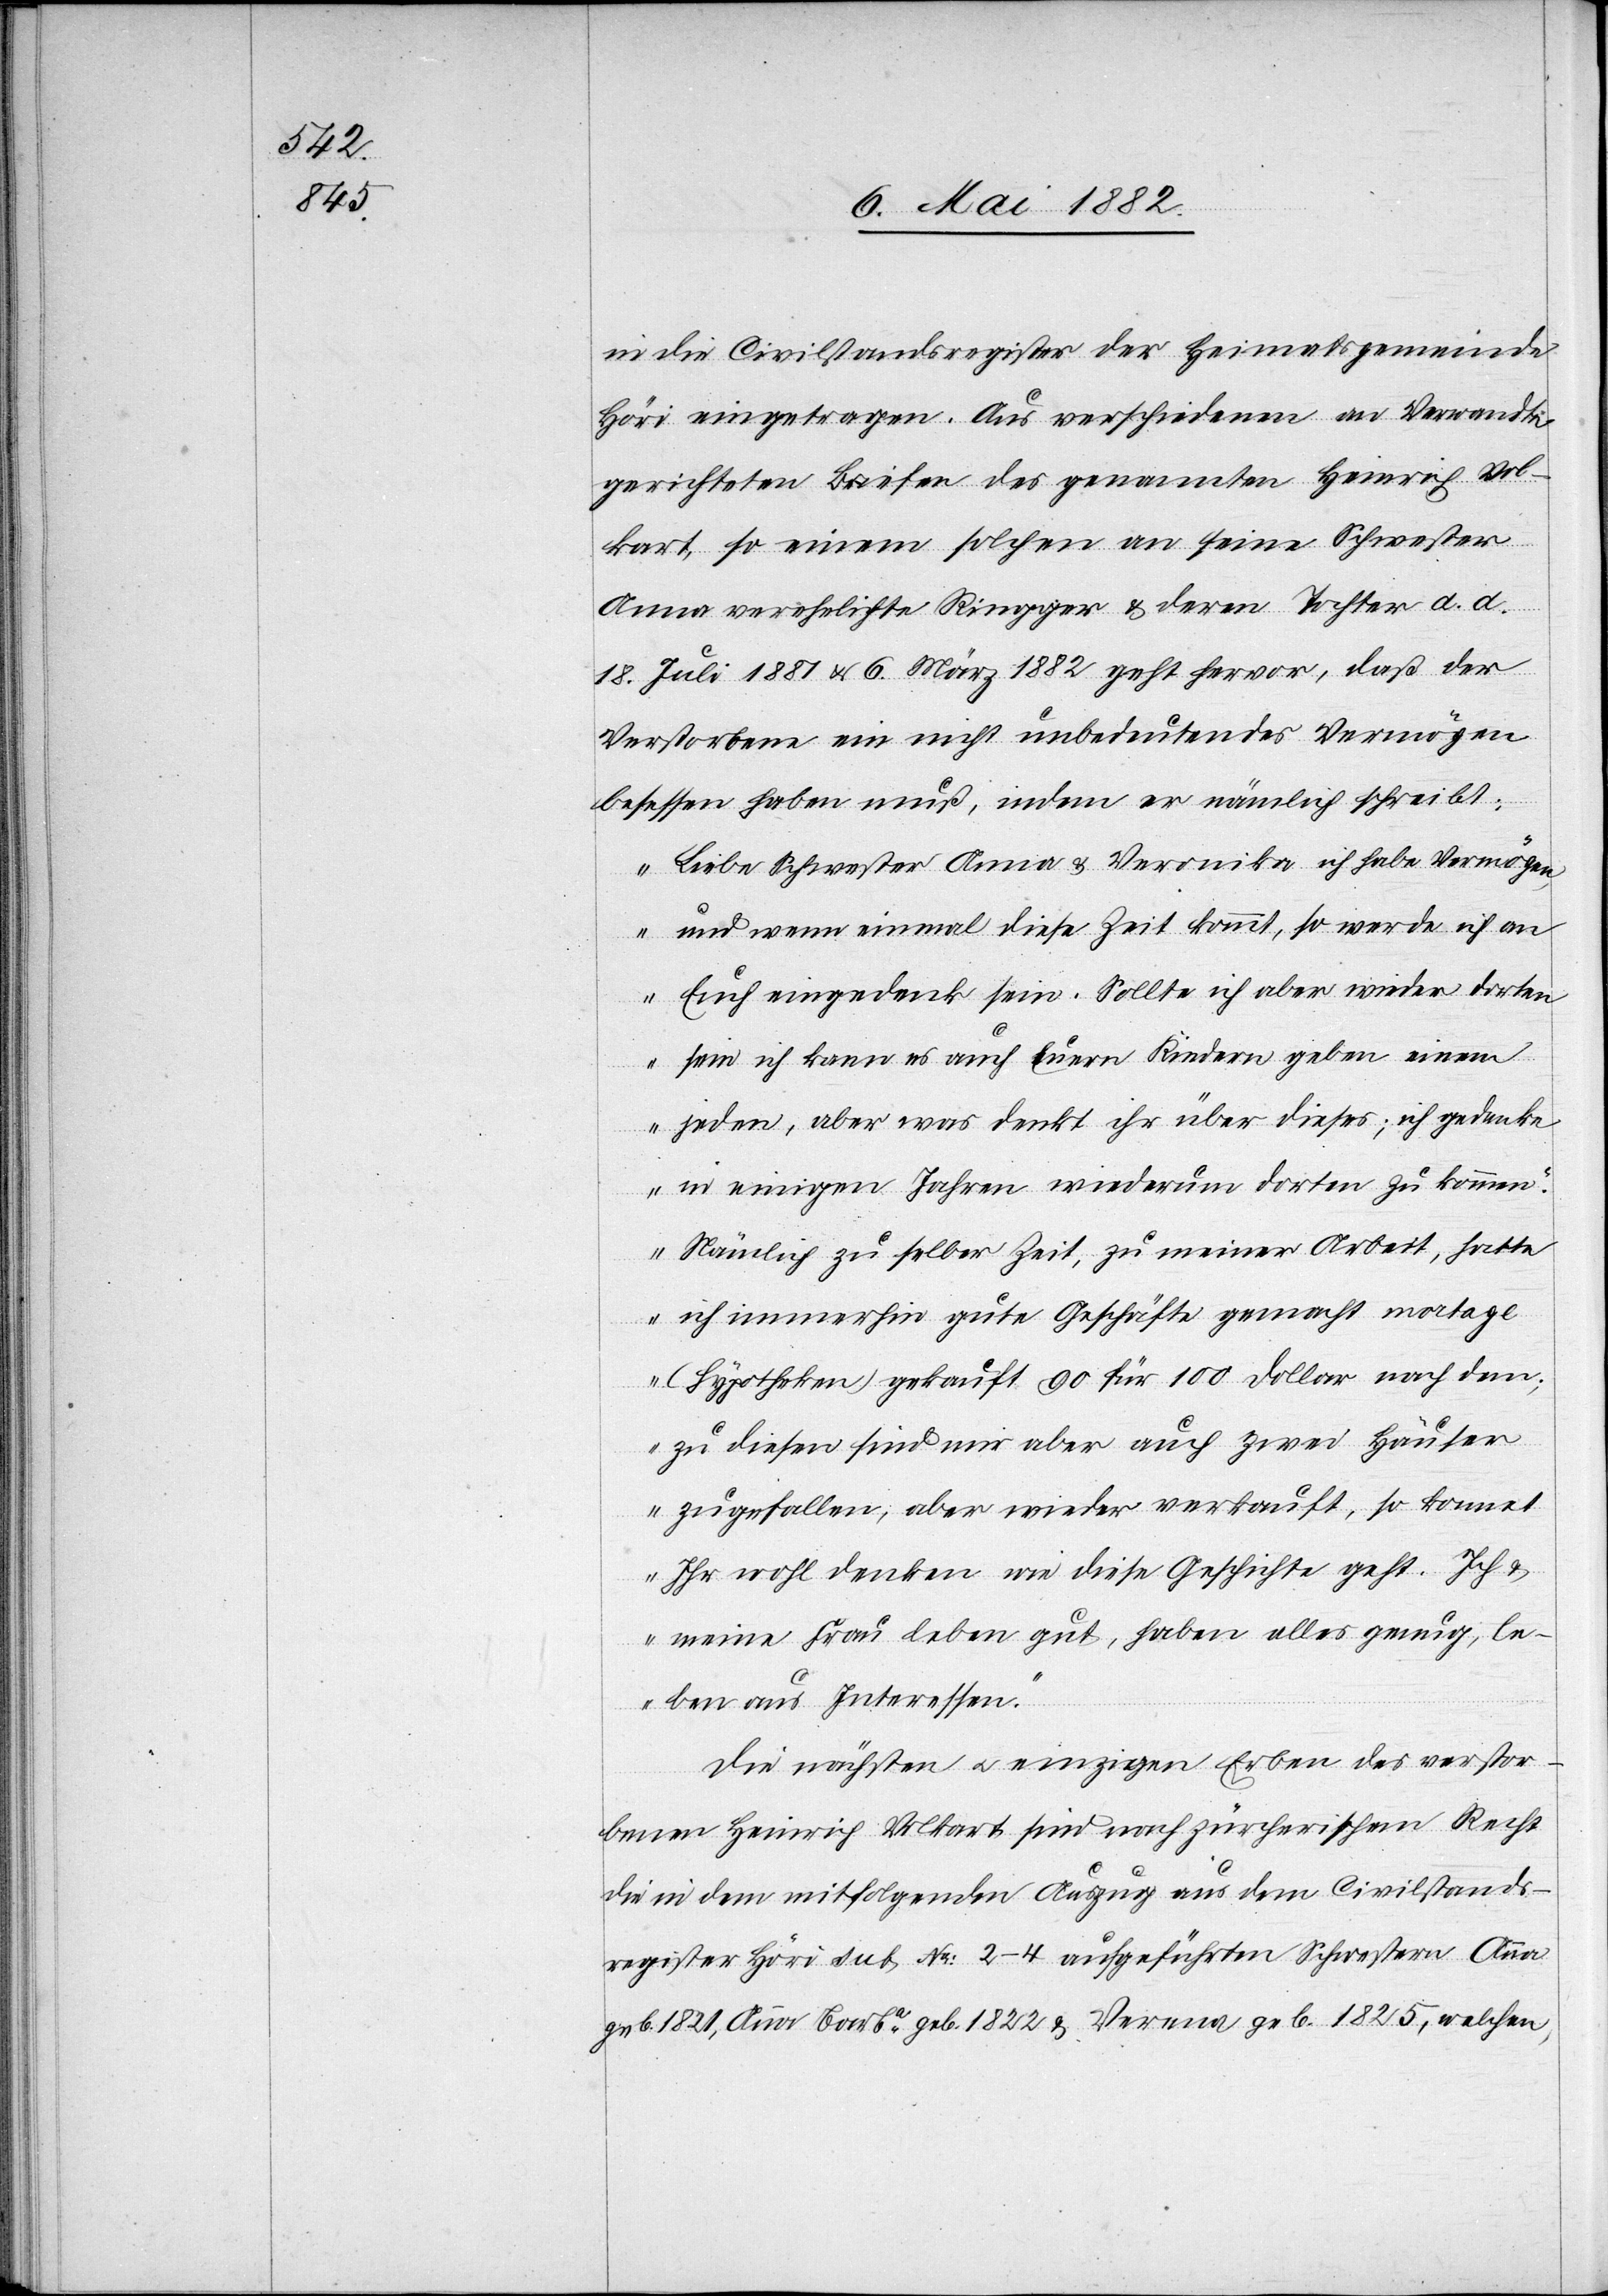
in die Civilstandsregister der Heimatsgemeinde
Höri eingetragen. Aus verschiedenen an Verwandte
gerichteten Briefen des genannten Heinrich Vol¬
kart, so einem solchen an seine Schwester
Anna verehelichte Ringger & deren Tochter d. d.
18. Juli 1881 & 6. März 1882 geht hervor, daß der
Verstorbene ein nicht unbedeutendes Vermögen
belassen haben muß, indem er nämlich schreibt:
„Lieber Schwester Anna & Veronika[,] ich habe Vermögen,
und wenn einmal diese Zeit kommt, so werde ich an
Euch eingedenk sein. Sollte ich aber wieder dorten
sein[,] ich kann es auch Euern Kindern geben einen
jeden, aber was denkt ihr über dieses; ich gedenke
in einigen Jahren wiederum dorten zu kommen.
Nämlich zu selber Zeit, zu meiner Arbeit, hatte
ich immerhin gute Geschäfte gemacht mort[g]age
(Hypotheken) gekauft 90 für 100 Dollar nach dem
zu diesen sind mir aber auch zwei Häuser
zugefallen, aber wieder verkauft, so könnet
Ihr wohl denken wie diese Geschichte geht. Ich &
meine Frau leben gut, haben alles genug, le¬
ben aus Interessen.“
Die nächsten & einzigen Erben des verstor¬
benen Heinrich Volkart sind nach zürcherischem Recht
die in dem mitfolgendes Auszug aus dem Civilstands¬
register Höri sub No 2–4 aufgeführten Schwestern Anna
geb. 1821, Anna Barba geb. 1822 & Verena geb. 1825, welchen,